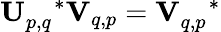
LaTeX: \mathbf{U}_{p,q}^{\quad\ast}\mathbf{V}_{q,p}=\mathbf{V}_{q,p}^{\quad\ast}